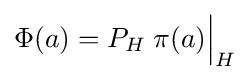
\Phi (a)=P_{H}\;\pi (a){\Big |}_{H}